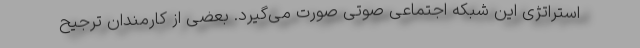
استراتژی این شبکه اجتماعی صوتی صورت می‌گیرد. بعضی از کارمندان ترجیح